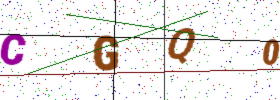
Text: CGQ0